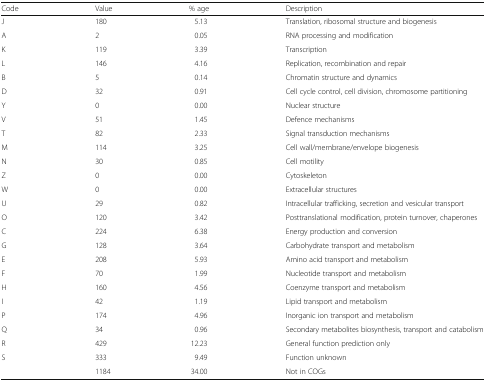
| Code | Value | % age | Description |
 | --- | --- | --- | --- |
 | J | 180 | 5.13 | Translation, ribosomal structure and biogenesis |
 | A | 2 | 0.05 | RNA processing and modification |
 | K | 119 | 3.39 | Transcription |
 | L | 146 | 4.16 | Replication, recombination and repair |
 | B | 5 | 0.14 | Chromatin structure and dynamics |
 | D | 32 | 0.91 | Cell cycle control, cell division, chromosome partitioning |
 | Y | 0 | 0.00 | Nuclear structure |
 | V | 51 | 1.45 | Defence mechanisms |
 | T | 82 | 2.33 | Signal transduction mechanisms |
 | M | 114 | 3.25 | Cell wall/membrane/envelope biogenesis |
 | N | 30 | 0.85 | Cell motility |
 | Z | 0 | 0.00 | Cytoskeleton |
 | W | 0 | 0.00 | Extracellular structures |
 | U | 29 | 0.82 | Intracellular trafficking, secretion and vesicular transport |
 | O | 120 | 3.42 | Posttranslational modification, protein turnover, chaperones |
 | C | 224 | 6.38 | Energy production and conversion |
 | G | 128 | 3.64 | Carbohydrate transport and metabolism |
 | E | 208 | 5.93 | Amino acid transport and metabolism |
 | F | 70 | 1.99 | Nucleotide transport and metabolism |
 | H | 160 | 4.56 | Coenzyme transport and metabolism |
 | I | 42 | 1.19 | Lipid transport and metabolism |
 | P | 174 | 4.96 | Inorganic ion transport and metabolism |
 | Q | 34 | 0.96 | Secondary metabolites biosynthesis, transport and catabolism |
 | R | 429 | 12.23 | General function prediction only |
 | S | 333 | 9.49 | Function unknown |
 |  | 1184 | 34.00 | Not in COGs |